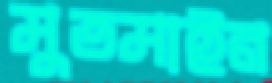
মুতমাইন